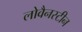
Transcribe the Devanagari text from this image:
लोवैनस्टीन